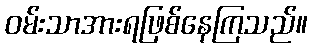
ဝမ်းသာအားရဖြစ်နေကြသည်။